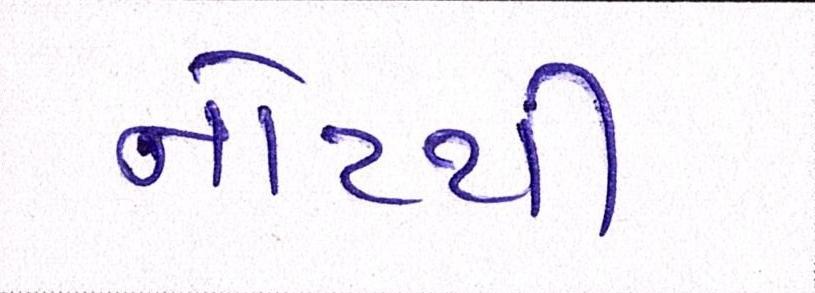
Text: નોટથી